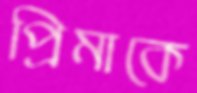
প্রিমাকে